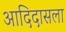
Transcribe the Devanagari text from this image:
आदिदासला